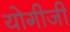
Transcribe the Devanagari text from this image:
योगीजी